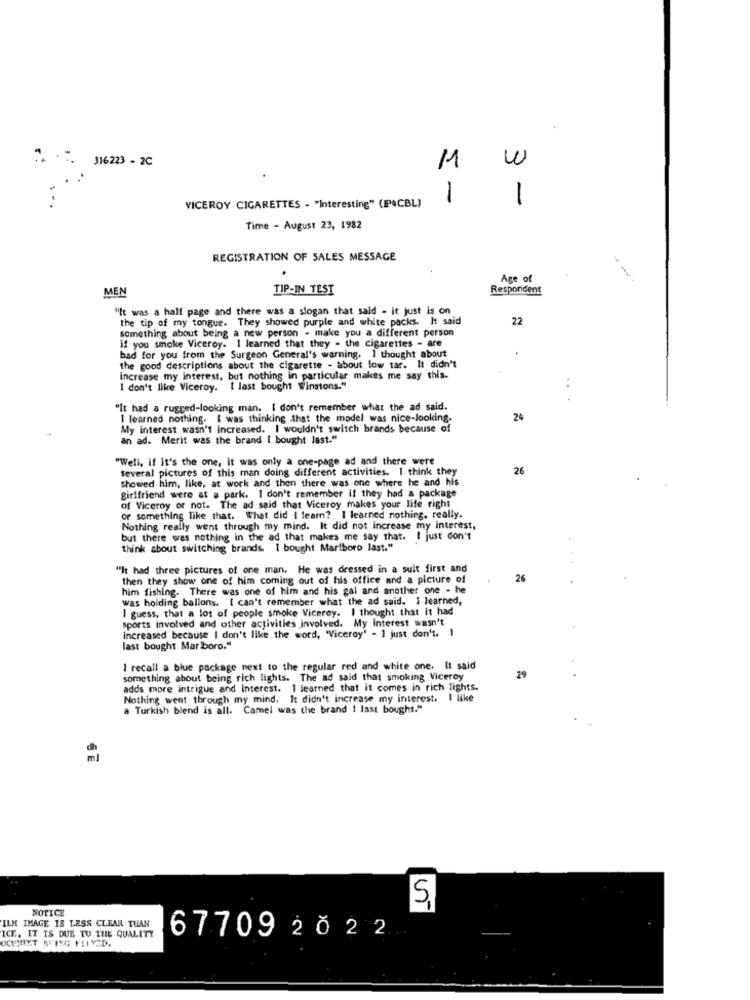
316223 - 2C
M
1
1
VICEROY CIGARETTES - "Interesting" (IP4CBL)
Time - August 23, 1982
REGISTRATION OF SALES MESSAGE
Age of
MEN
TIP-IN TEST
Respondent
"It was a half page and there was a slogan that said - it just is on
the tip of my tongue. They showed purple and white packs. It said
22
something about being a new person - make you a different person
if you smoke Viceroy. I learned that they . the cigarettes - are
bad for you from the Surgeon General's warning. I thought about
the good descriptions about the cigarette - about low tar. It didn't
Increase my interest, but nothing in particular makes me say this.
I don't like Viceroy. [ last bought Winstons."
"It had a rugged-looking man. I don't remember what the ad said.
I learned nothing. I was thinking that the model was nice-looking-
24
My interest wasn't increased. I wouldn't switch brands because of
an ad. Merit was the brand I bought last."
"Well, if it's the one, it was only a one-page ad and there were
several pictures of this man doing different activities. I think they
26
Showed him, like, at work and then there was one where he and his
girlfriend were at a park. I don't remember if they had a package
of Viceroy or not. The ad said that Viceroy makes your life right
or something like that. What did I learn? I learned nothing, really.
Nothing really went through my mind. It did not increase my interest,
but there was nothing in the ad that makes me say that. I just don't
think about switching brands. I bought Marlboro last."
"It had three pictures of one man. He was dressed in a suit first and
then they show one of him coming out of his office and a picture of
26
him fishing. There was one of him and his gal and another one - he
was holding ballons. [ can't remember what the ad said. I learned,
I guess, that a lot of people smoke Viceroy. I thought that it had
sports involved and other activities involved. My Interest wasn't
increased because I don't like the word, "Viceroy' - I just don't.
last bought Marlboro."
I recall a blue package next to the regular red and white one. It said
something about being rich lights. The ad said that smoking Viceroy
29
adds more intrigue and interest. 1 learned that it comes in rich lights.
Nothing went through my mind. It didn't increase my interest. I like
a Turkish blend is all. Camel was the brand ! last bought."
NOTICE
ILM IMAGE IS LESS CLEAR THAN
ICE. IT IS DUE TO THE QUALITY
OCUPTEXT BISC FLIVED.
677092022